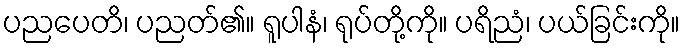
ပညပေတိ၊ ပညတ်၏။ ရူပါနံ၊ ရုပ်တို့ကို။ ပရိညံ၊ ပယ်ခြင်းကို။